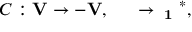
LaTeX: C : \bf { V } \to - \bf { V } , \quad \psi \to { \sigma } _ { 1 } { \psi } ^ { * } ,